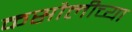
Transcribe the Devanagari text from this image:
कसौलीच्या